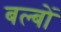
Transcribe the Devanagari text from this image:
बल्‍बों